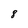
Character: 8